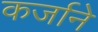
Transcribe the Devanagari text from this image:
कर्जाने